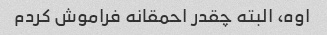
اوه، البته چقدر احمقانه فراموش کردم